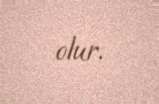
olur.